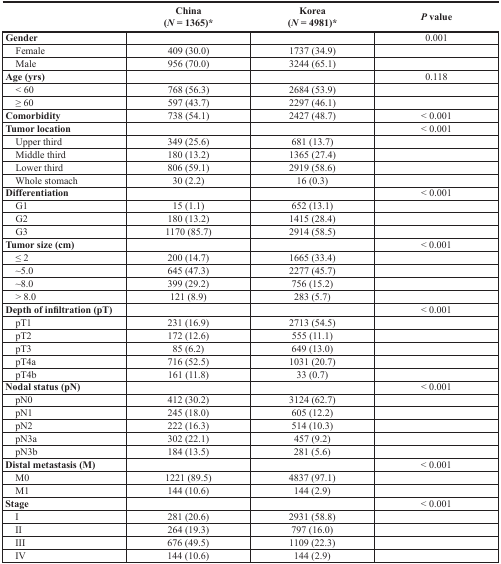
<table><thead><tr><td></td><td><b>China (<i>N</i> = 1365)*</b></td><td><b>Korea (<i>N</i> = 4981)*</b></td><td><b><i>P</i> value</b></td></tr></thead><tbody><tr><td><b>Gender</b></td><td></td><td></td><td>0.001</td></tr><tr><td> Female</td><td>409 (30.0)</td><td>1737 (34.9)</td><td></td></tr><tr><td> Male</td><td>956 (70.0)</td><td>3244 (65.1)</td><td></td></tr><tr><td><b>Age (yrs)</b></td><td></td><td></td><td>0.118</td></tr><tr><td> &lt; 60</td><td>768 (56.3)</td><td>2684 (53.9)</td><td></td></tr><tr><td> ≥ 60</td><td>597 (43.7)</td><td>2297 (46.1)</td><td></td></tr><tr><td><b>Comorbidity</b></td><td>738 (54.1)</td><td>2427 (48.7)</td><td>&lt; 0.001</td></tr><tr><td><b>Tumor location</b></td><td></td><td></td><td>&lt; 0.001</td></tr><tr><td> Upper third</td><td>349 (25.6)</td><td>681 (13.7)</td><td></td></tr><tr><td> Middle third</td><td>180 (13.2)</td><td>1365 (27.4)</td><td></td></tr><tr><td> Lower third</td><td>806 (59.1)</td><td>2919 (58.6)</td><td></td></tr><tr><td> Whole stomach</td><td>30 (2.2)</td><td>16 (0.3)</td><td></td></tr><tr><td><b>Differentiation</b></td><td></td><td></td><td>&lt; 0.001</td></tr><tr><td> G1</td><td>15 (1.1)</td><td>652 (13.1)</td><td></td></tr><tr><td> G2</td><td>180 (13.2)</td><td>1415 (28.4)</td><td></td></tr><tr><td> G3</td><td>1170 (85.7)</td><td>2914 (58.5)</td><td></td></tr><tr><td><b>Tumor size (cm)</b></td><td></td><td></td><td>&lt; 0.001</td></tr><tr><td> ≤ 2</td><td>200 (14.7)</td><td>1665 (33.4)</td><td></td></tr><tr><td> ~5.0</td><td>645 (47.3)</td><td>2277 (45.7)</td><td></td></tr><tr><td> ~8.0</td><td>399 (29.2)</td><td>756 (15.2)</td><td></td></tr><tr><td> &gt; 8.0</td><td>121 (8.9)</td><td>283 (5.7)</td><td></td></tr><tr><td><b>Depth of infiltration (pT)</b></td><td></td><td></td><td>&lt; 0.001</td></tr><tr><td> pT1</td><td>231 (16.9)</td><td>2713 (54.5)</td><td></td></tr><tr><td> pT2</td><td>172 (12.6)</td><td>555 (11.1)</td><td></td></tr><tr><td> pT3</td><td>85 (6.2)</td><td>649 (13.0)</td><td></td></tr><tr><td> pT4a</td><td>716 (52.5)</td><td>1031 (20.7)</td><td></td></tr><tr><td> pT4b</td><td>161 (11.8)</td><td>33 (0.7)</td><td></td></tr><tr><td><b>Nodal status (pN)</b></td><td></td><td></td><td>&lt; 0.001</td></tr><tr><td> pN0</td><td>412 (30.2)</td><td>3124 (62.7)</td><td></td></tr><tr><td> pN1</td><td>245 (18.0)</td><td>605 (12.2)</td><td></td></tr><tr><td> pN2</td><td>222 (16.3)</td><td>514 (10.3)</td><td></td></tr><tr><td> pN3a</td><td>302 (22.1)</td><td>457 (9.2)</td><td></td></tr><tr><td> pN3b</td><td>184 (13.5)</td><td>281 (5.6)</td><td></td></tr><tr><td><b>Distal metastasis (M)</b></td><td></td><td></td><td>&lt; 0.001</td></tr><tr><td> M0</td><td>1221 (89.5)</td><td>4837 (97.1)</td><td></td></tr><tr><td> M1</td><td>144 (10.6)</td><td>144 (2.9)</td><td></td></tr><tr><td><b>Stage</b></td><td></td><td></td><td>&lt; 0.001</td></tr><tr><td> I</td><td>281 (20.6)</td><td>2931 (58.8)</td><td></td></tr><tr><td> II</td><td>264 (19.3)</td><td>797 (16.0)</td><td></td></tr><tr><td> III</td><td>676 (49.5)</td><td>1109 (22.3)</td><td></td></tr><tr><td> IV</td><td>144 (10.6)</td><td>144 (2.9)</td><td></td></tr></tbody></table>